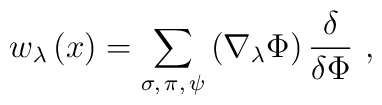
w_\lambda \left( x\right) =\sum\limits_{\sigma,\,\pi,\,\psi}\left( \nabla_\lambda \Phi \right) \frac \delta {\delta \Phi }\,\,,